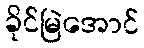
ခိုင်မြဲအောင်